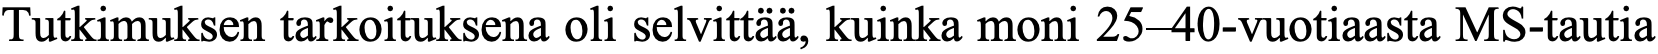
Tutkimuksen tarkoituksena oli selvittää, kuinka moni 25–40-vuotiaasta MS-tautia